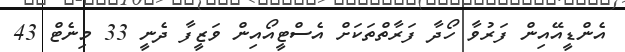
އެންޑީއޭއިން ފަރުވާ ހޯދާ ފަރާތްތަކަށް އެސްޓީއޯއިން ވަޒީފާ ދެނީ 33 މިނެޓް 43